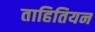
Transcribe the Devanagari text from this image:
ताहितियन